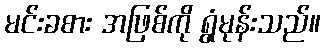
မင်းခစား အဖြစ်ကို ရွံမုန်းသည်။